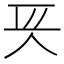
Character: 𠇬